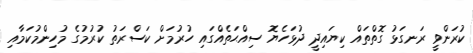
ކުރަންވީ ރަނގަޅު ގޮތްތައް ކިޔައިދީ ދުޅަހެޔޮ ސިއްޙަތެއްގައި ހުރުމަށް ކަސްރަތު ކުރުމުގެ މުހިންމުކަމާއި